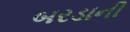
બરડાની